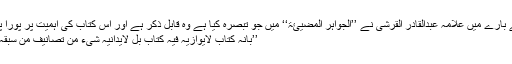
اس تفسیر کے بارے میں علامہ عبدالقادر القرشیؒ نے ’’الجواہر المضیئۃ‘‘ میں جو تبصرہ کیا ہے وہ قابلِ ذکر ہے اور اس کتاب کی اہمیت پر پورا پورا شاہد ہے:
’’بأنہ کتاب لایوازیہ فیہ کتاب بل لایدانیہ شیء من تصانیف من سبقہ في ذلک الفن۔